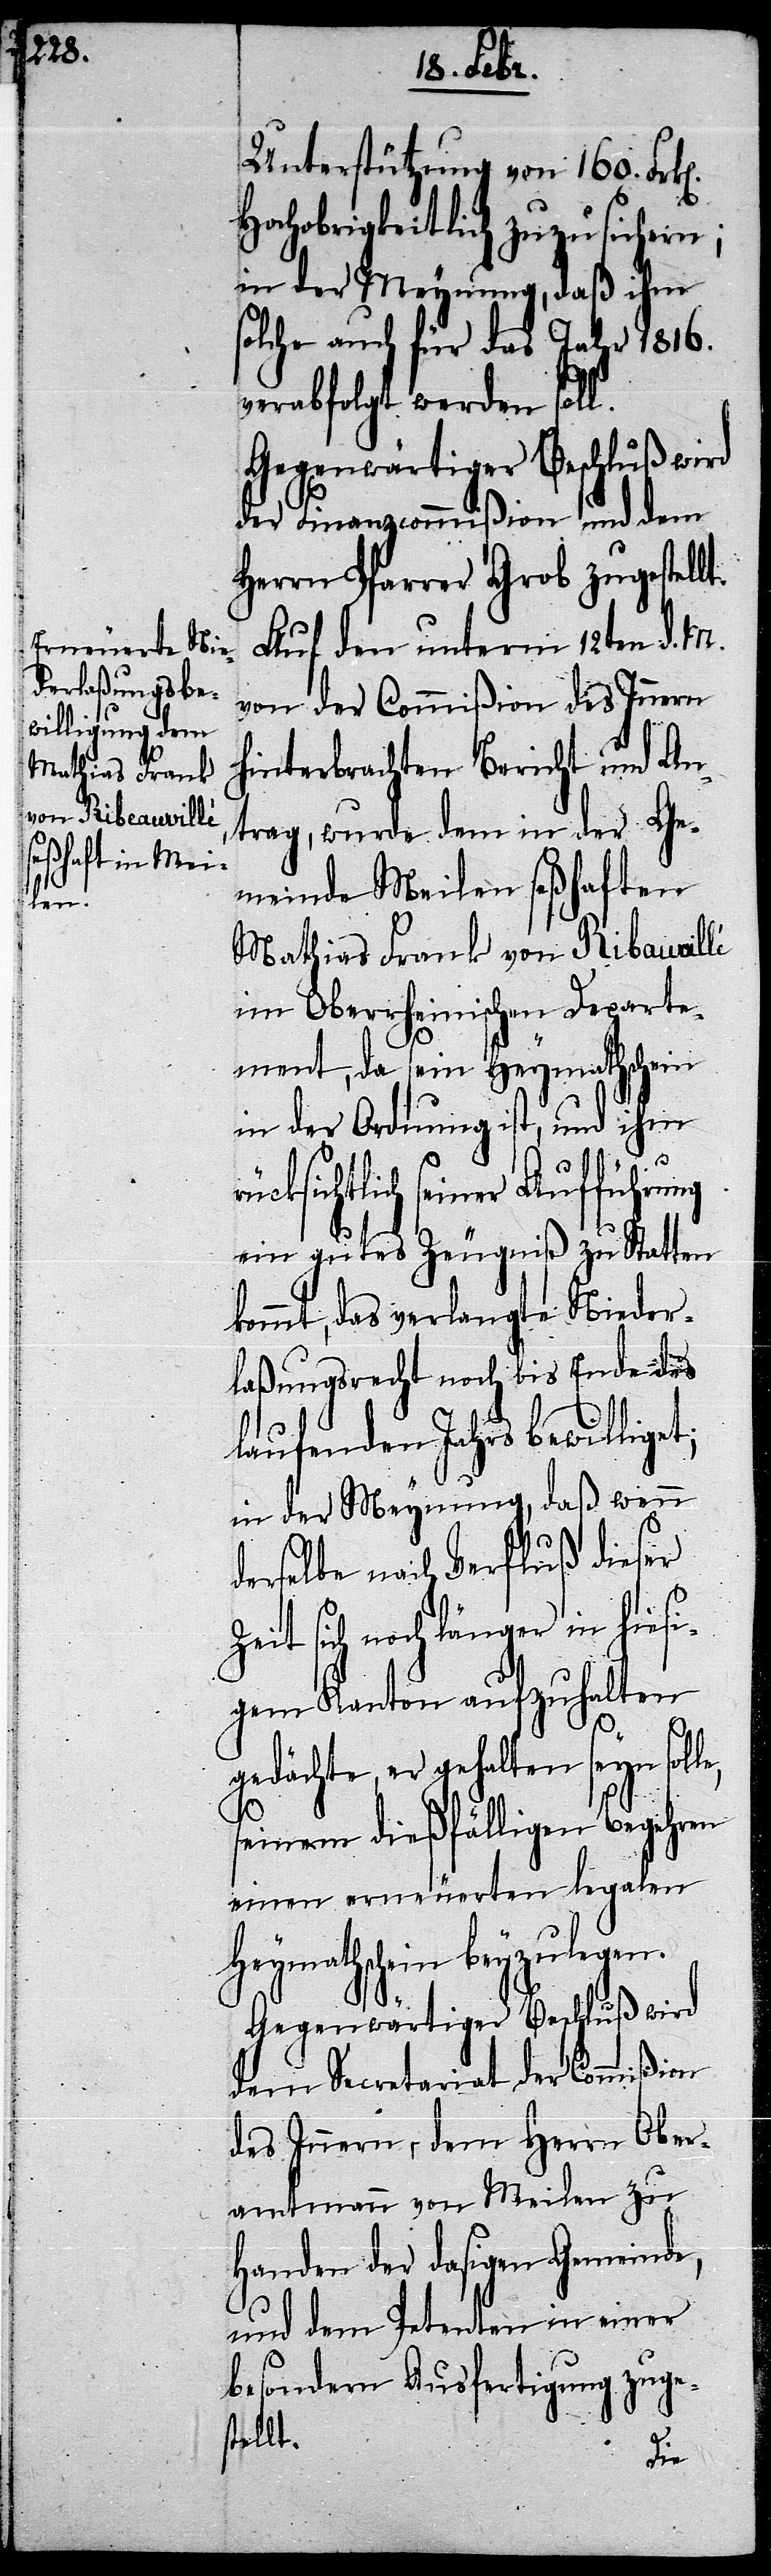
le,

Unterstützung von 160. Fr¬
Hochobrigkeitlich zuzusichern;
in der Meynung, daß ihm
solche auch für das Jahr 1816.
verabfolgt werden soll.
Gegenwärtiger Beschluß wird
der Finanzcommißion und dem
Herrn Pfarrer Grob zugestellt.
Auf den unterm 12ten d. M.
von der Commißion des Innern
hinterbrachten Bericht und An¬
trag, wurde dem in der Ge¬
meinde Meilen seßhaften
Mathias Frank von Ribauvillé
im Oberrheinischen Departe¬
ment, da sein Heymathschein
in der Ordnung ist, und ihm
g¬
ücksichtlich seiner Aufführung
ein gutes Zeugniß zu Statten
kommt, das verlangte Nieder¬
laßungsrecht noch bis Ende des
laufenden Jahrs bewilliget;
in der Meynung, daß wenn
derselbe nach Verfluß dieser
Zeit sich noch länger in hiesi¬
gem Kanton aufzuhalten
edächte, er gehalten seyn sol¬
seinem dießfälligen Begehren
einen erneuerten legalen
Heymathschein beyzulegen.
Gegenwärtiger Beschluß wird
dem Secretariat der Commißion
des Innern, dem Herrn Ober¬
amtmann von Meilen zu
Handen der dasigen Gemeinde,
und dem Petenten in einer
besondern Ausfertigung zuge¬
stellt.